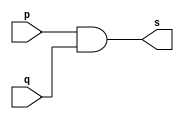
// -------------------------
// Exemplo0003 - AND
// Nome: Victor Raphael Machado de Amorim
// -------------------------

// -------------------------
// -- and gate
// -------------------------
module andgate (output s, input p, input q);
	assign s = p & q;
	
endmodule // andgate

// -------------------------
// -- test andgate
// -------------------------
module testandgate;
// ------------------------- dados locais
	reg a, b; // definir registrador
				// (variavel independente)
	wire s; // definir conexao (fio)
				// (variavel dependente )
// ------------------------- instancia
	andgate AND1 (s, a, b);
// ------------------------- preparacao
	initial begin:start
					// atribuicao simultanea
					// dos valores iniciais
	 a=0; b=0;
	end
// ------------------------- parte principal
 initial begin:main
		// execucao unitaria
	$display("Exemplo 0003 - Victor Raphael Machado de Amorim - 420147");
	$display("Test AND gate:");
	$display("\na = s\n");
	 a=0;b=0;
#1 $display("%b & %b = %b", a, b, s);
	 a=0; b=1;
#1 $display("%b & %b = %b", a, b, s);
	 a=1; b=0;
#1 $display("%b & %b = %b", a, b, s);
	 a=1; b=1;
#1 $display("%b & %b = %b", a, b, s);

 end
 
endmodule // testandgate